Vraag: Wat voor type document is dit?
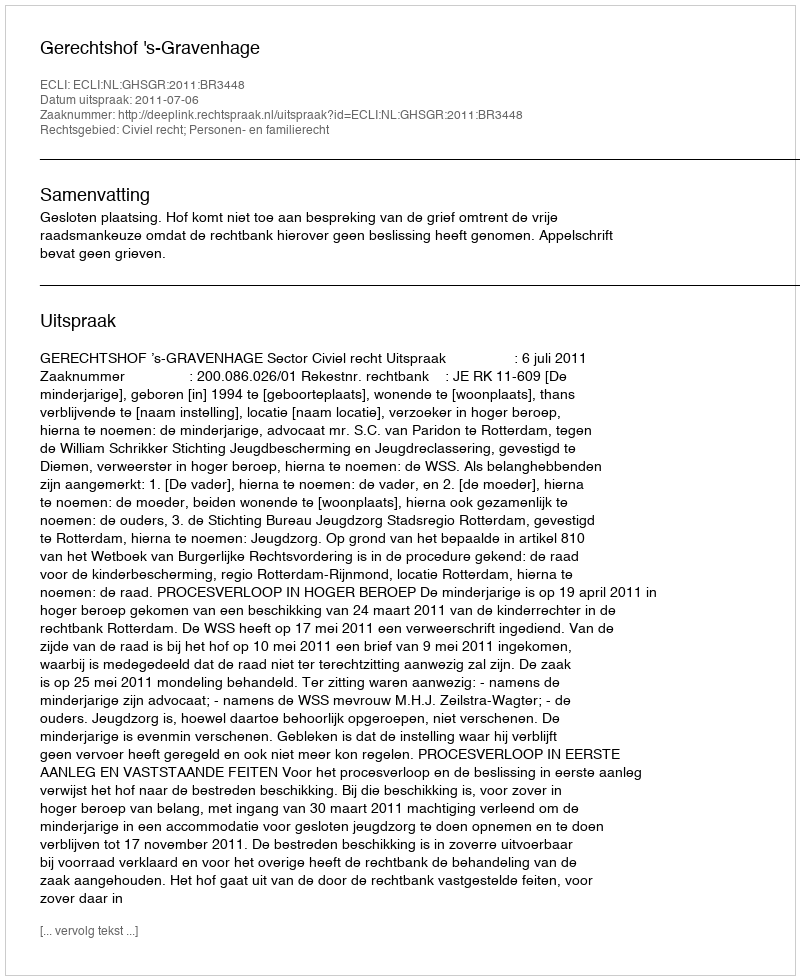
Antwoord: Uitspraak